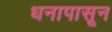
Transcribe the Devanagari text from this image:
धनापासून